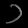
Digit: ၁